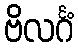
ဗိလင်္ဂံ